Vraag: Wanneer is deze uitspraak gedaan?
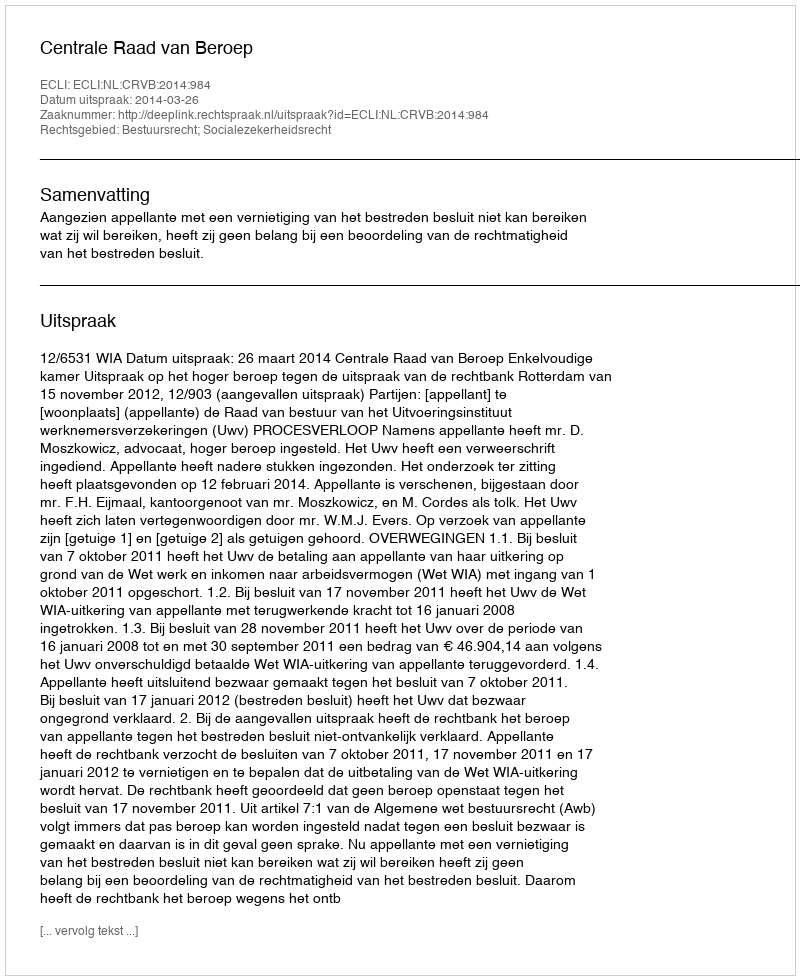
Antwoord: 2014-03-26